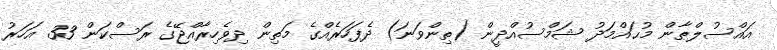
އައްސުލްޠާން މުޙައްމަދު ޝަމްސުއްދީން (ތިންވަނަ) ދެފަހަރެއްގެ މަތިން ދިވެހިރާއްޖޭގެ ރަސްކަން 33 އަހަރު